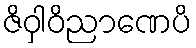
ဇိဝှါဝိညာဏေပိ